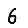
Digit: 6